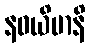
နဝယိမာနိ